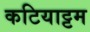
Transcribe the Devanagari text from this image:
कटियाट्टम